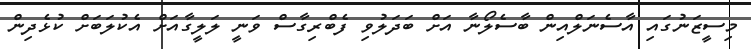
މިސީޒަނުގައި އާސެނަލްއިން ބާސެލޯނާ އަށް ބަދަލުވި ފެބްރިގާސް ވަނީ ލަލީގާއަށް އެކުލަބަށް ކުޅެދިން